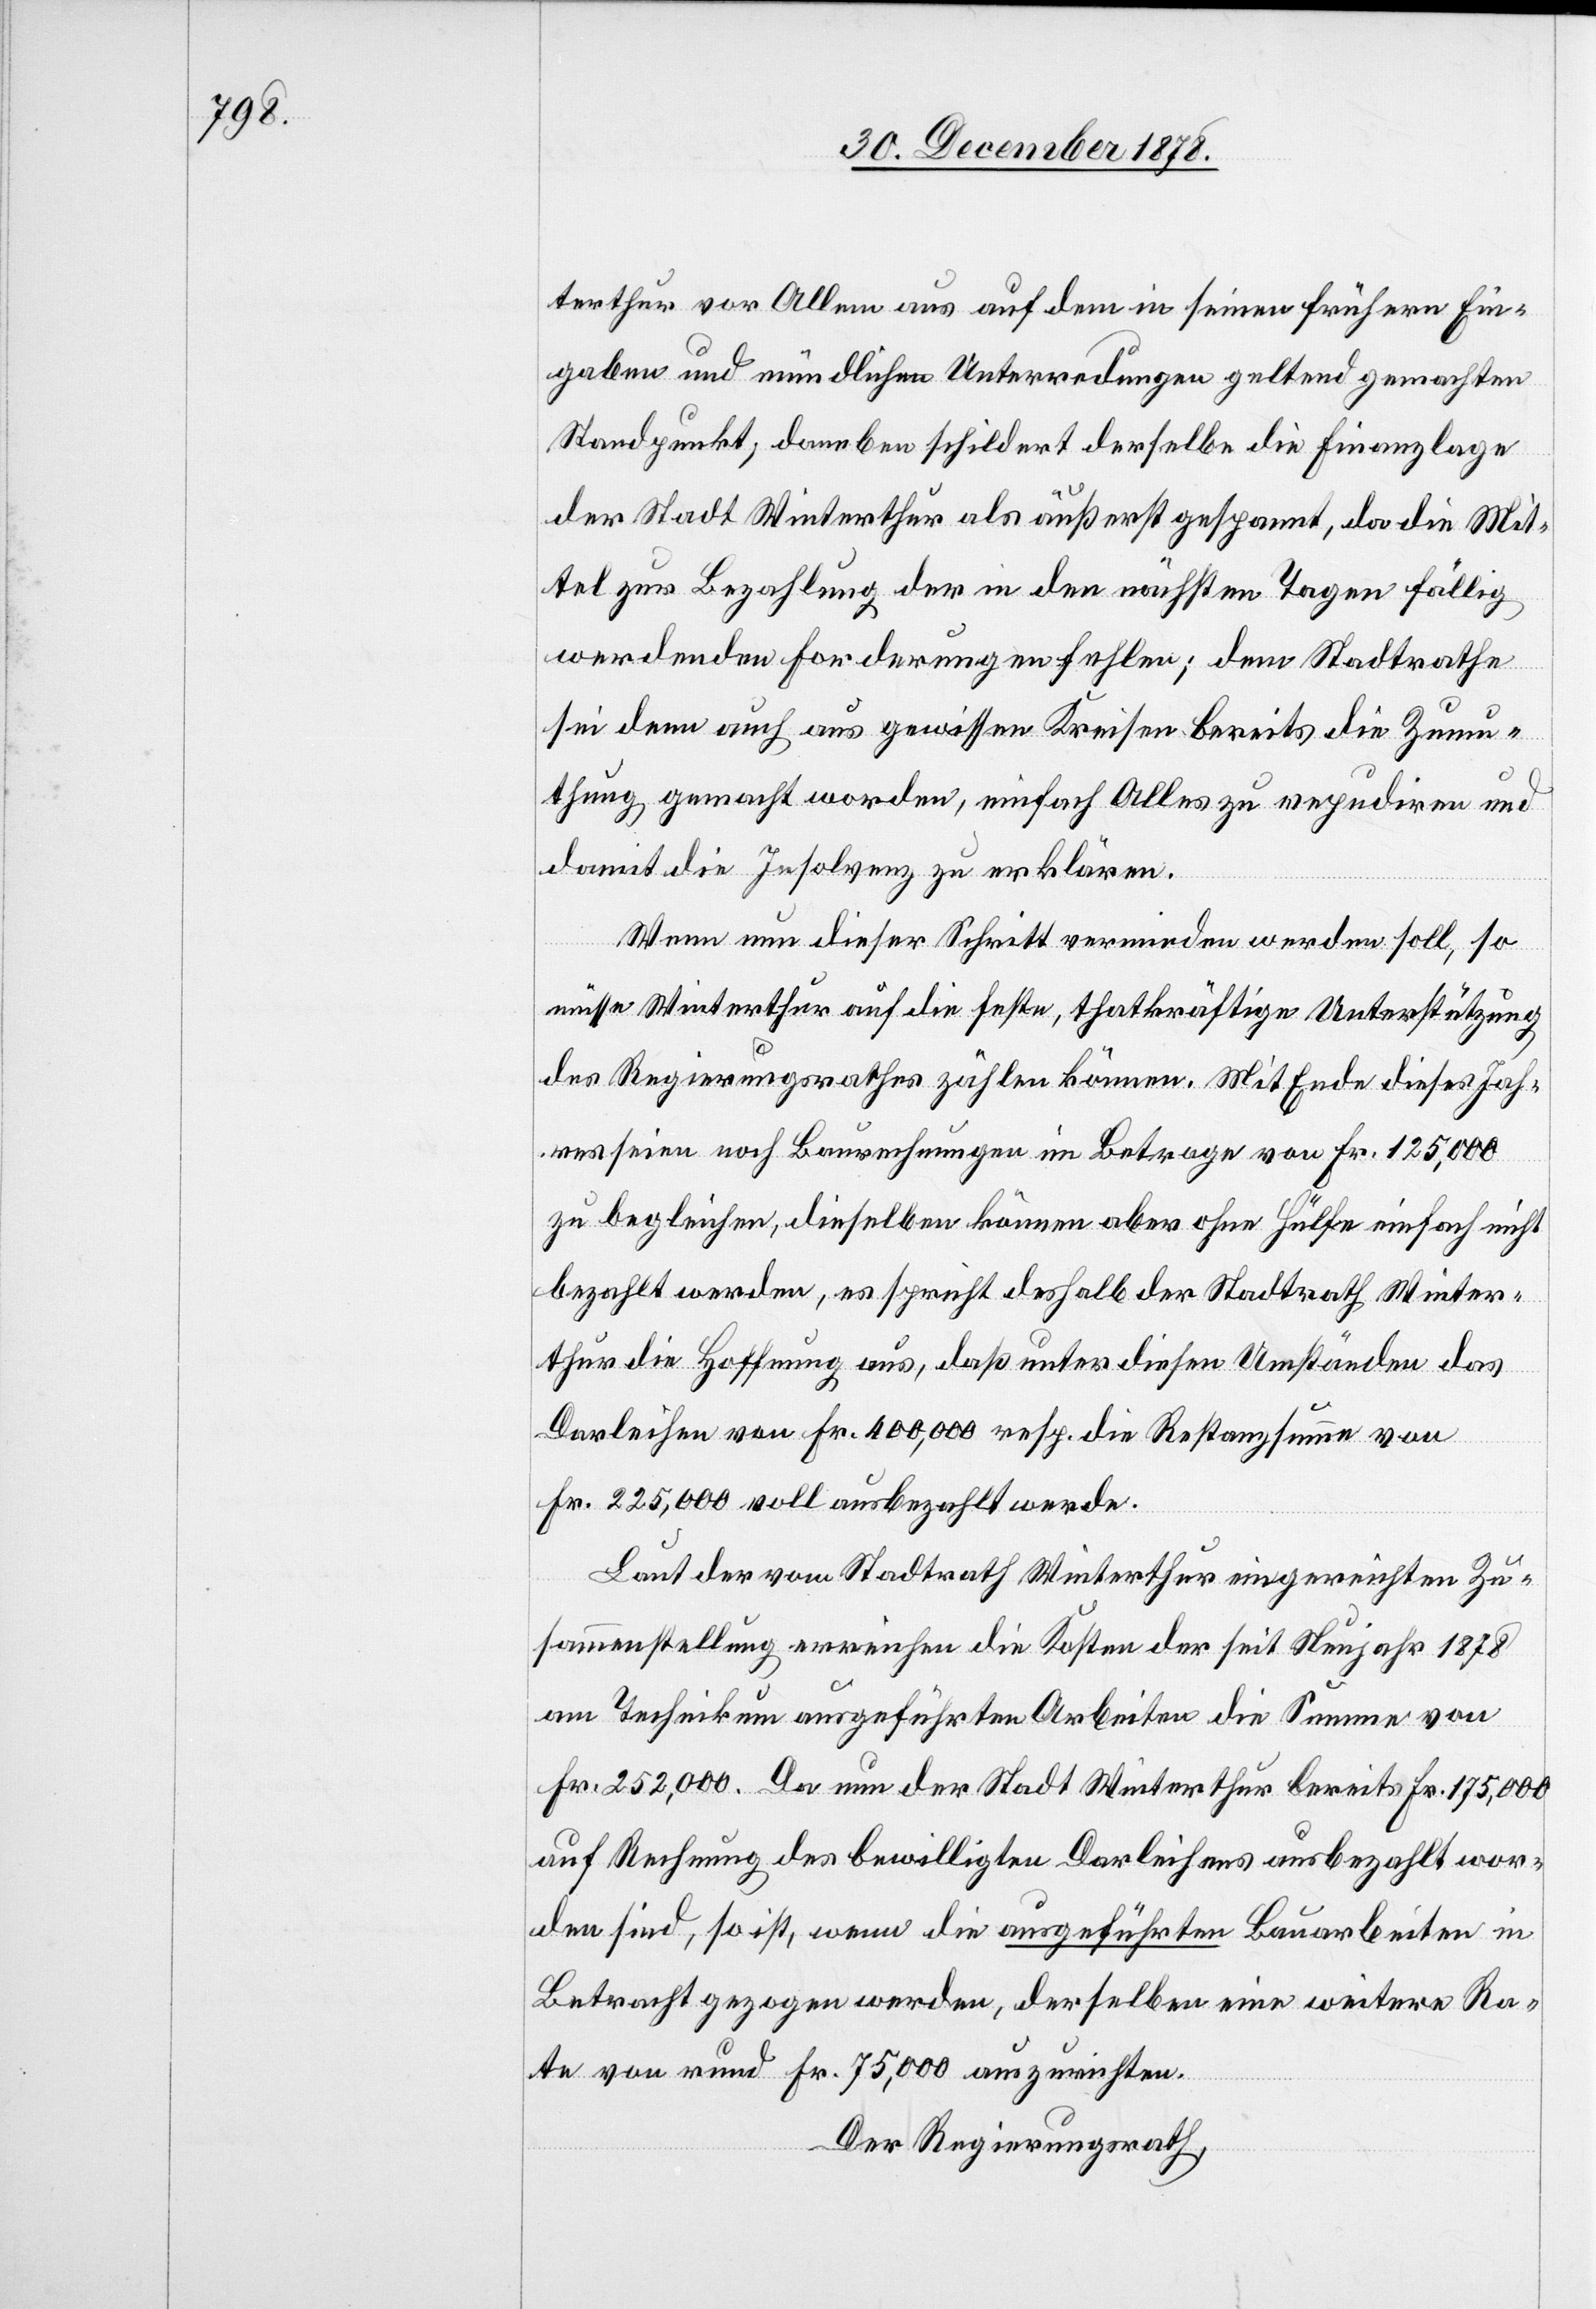
terthur vor Allem aus auf dem in seinen frühern Ein¬
gaben und mündlichen Unterhandlungen geltend gemachten
Standpunkt; daneben schildert derselbe die Finanzlage
der Stadt Winterthur als äußerst gespannt, da die Mit¬
tel zur Bezahlung der in den nächsten Tagen fällig
werdenden Forderungen fehlen; dem Stadtrathe
sei denn auch aus gewissen Kreisen bereits die Zumu¬
thung gemacht worden, einfach Alles zu repudiren und
damit die Insolvenz zu erklären.
Wenn nun dieser Schritt vermieden werden soll, so
müsse Winterthur auf die feste, thatkräftige Unterstützung
des Regierungsrathes zählen können. Mit Ende dieses Jah¬
res seien noch Baurechnungen im Betrage von Fr. 125,000
zu begleichen, dieselben können aber ohne Hülfe einfach nicht
bezahlt werden, es spricht deshalb der Stadtrath Winter¬
thur die Hoffnung aus, daß unter diesen Umständen das
Darleihen von Fr. 400,000 resp. die Restanzsumme von
Fr. 225,000 voll ausbezahlt werde.
Laut der vom Stadtrath Winterthur eingereichten Zu¬
sammenstellung erreichen die Kosten der seit Neujahr 1878
am Technikum ausgeführten Arbeiten die Summe von
Fr. 252,000. Da nun der Stadt Winterthur bereits Fr. 175,000
auf Rechnung des bewilligten Darleihens ausbezahlt wor¬
den sind, so ist, wenn die ausgeführten Bauarbeiten in
Betracht gezogen werden, derselben eine weitere Ra¬
te von rund Fr. 75,000 auszurichten.
Der Regierungsrath,